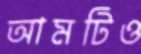
আমটিও